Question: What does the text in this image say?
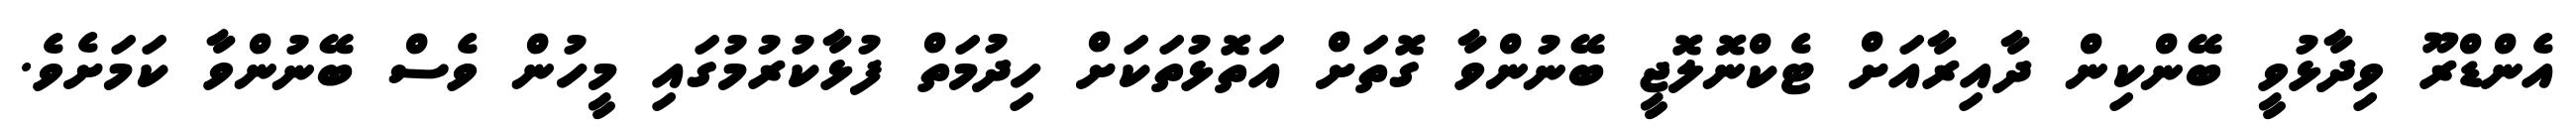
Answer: އެންޑްރޫ ވިދާޅުވީ ބޭންކިން ދާއިރާއަށް ޓެކްނޮލޮޖީ ބޭނުންވާ ގޮތަށް އަތޮޅުތަކަށް ހިދުމަތް ފުޅާކުރުމުގައި މީހުން ވެސް ބޭނުންވާ ކަމަށެވެ.